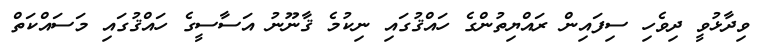
ވިދާޅުވީ ދިވެހި ސިފައިން ރައްޔިތުންގެ ހައްޤުގައި ނިކުމެ ޤާނޫނު އަސާސީގެ ހައްޤުގައި މަސައްކަތް